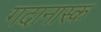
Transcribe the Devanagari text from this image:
गदानास्क